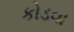
કોડવા